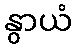
နွာယံ